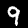
Digit: 9